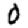
Digit: 0